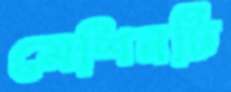
মেশিনটি